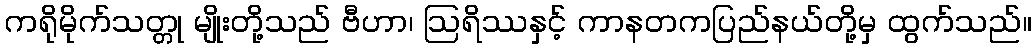
ကရိုမိုက်သတ္တု မျိုးတို့သည် ဗီဟာ၊ ဩရိဿနှင့် ကာနတကပြည်နယ်တို့မှ ထွက်သည်။